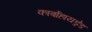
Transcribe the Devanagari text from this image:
कार्बोहायड्रेड